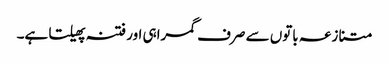
متنازعہ باتوں سے صرف گمراہی اور فتنہ پھیلتا ہے۔